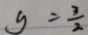
y = \frac { 3 } { 2 }